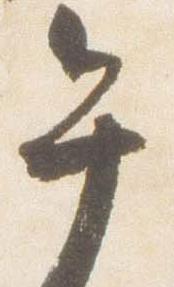
午